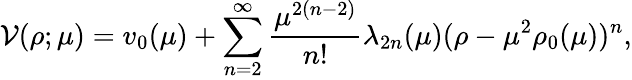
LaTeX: \mathcal{V}(\rho;\mu)=v_{0}(\mu)+\sum_{n=2}^{\infty}\frac{{\mu^{2(n-2)}}}{{n!}}\lambda_{2n}(\mu)(\rho-\mu^{2}\rho_{0}(\mu))^{n},